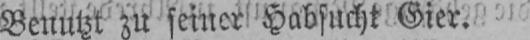
Benutzt zu seiner Habsucht Gier.